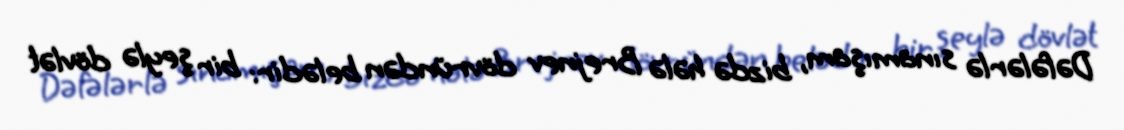
Dəfələrlə sınamışam, bizdə hələ Brejnev dövründən belədir: bir şeylə dövlət